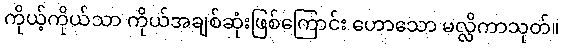
ကိုယ့်ကိုယ်သာ ကိုယ်အချစ်ဆုံးဖြစ်ကြောင်း ဟောသော မလ္လိကာသုတ်။